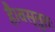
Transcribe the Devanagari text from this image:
है।वस्तुतः